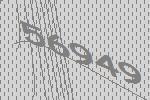
56949